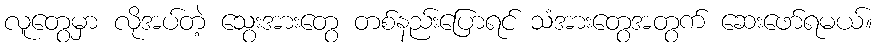
လူတွေမှာ လိုအပ်တဲ့ သွေးအားတွေ တစ်နည်းပြောရင် သံအားတွေအတွက် ဆေးဖော်ရမယ်။